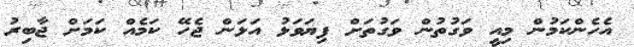
އެހެންކަމުން މިއީ ވަގުތުން ވަގުތަށް ފިޔަވަޅު އަޅަން ޖެހޭ ކަމެއް ކަމަށް ޖާބިރު